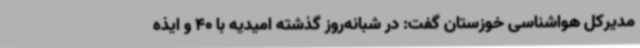
مدیرکل هواشناسی خوزستان گفت: در شبانه‌روز گذشته امیدیه با 40 و ایذه